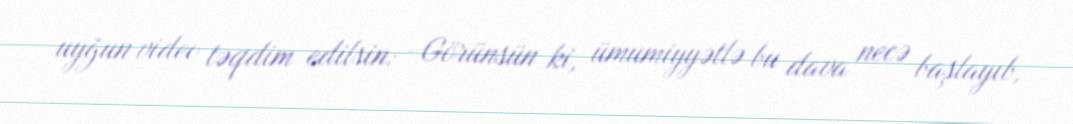
uyğun video təqdim edilsin: -Görünsün ki, ümumiyyətlə bu dava necə başlayıb,